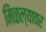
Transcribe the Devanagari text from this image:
मिळल्यावर